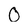
Character: 0